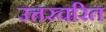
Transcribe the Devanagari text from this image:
उत्तरचरित